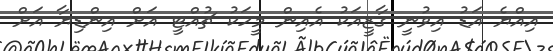
އިއްޔެ އަޑު އިވުނީ ގާޒީއަކު އެއިން މީހަކު ޗުއްޓީ އަށް އިންޑިޔާ އަށް